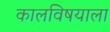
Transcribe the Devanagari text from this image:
कालविषयाला